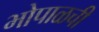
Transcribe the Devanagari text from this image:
भोपाळची